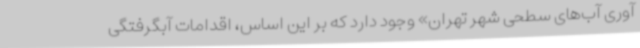
آوری آب‌های سطحی شهر تهران» وجود دارد که بر این اساس، اقدامات آبگرفتگی